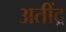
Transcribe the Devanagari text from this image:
अतींद्र